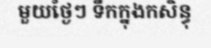
មួយថ្ងៃៗ ទឹកក្នុងកសិន្ធុ